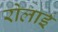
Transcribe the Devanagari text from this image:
रोलाई